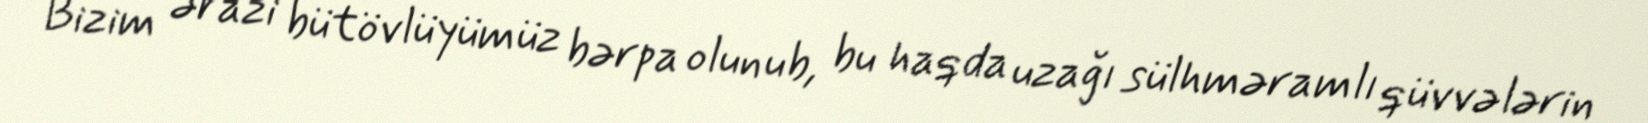
Bizim ərazi bütövlüyümüz bərpa olunub, bu haqda uzağı sülhməramlı qüvvələrin